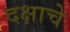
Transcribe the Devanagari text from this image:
दक्षाचे